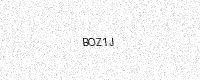
Text: BOZ1J